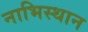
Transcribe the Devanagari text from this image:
नाभिस्थान